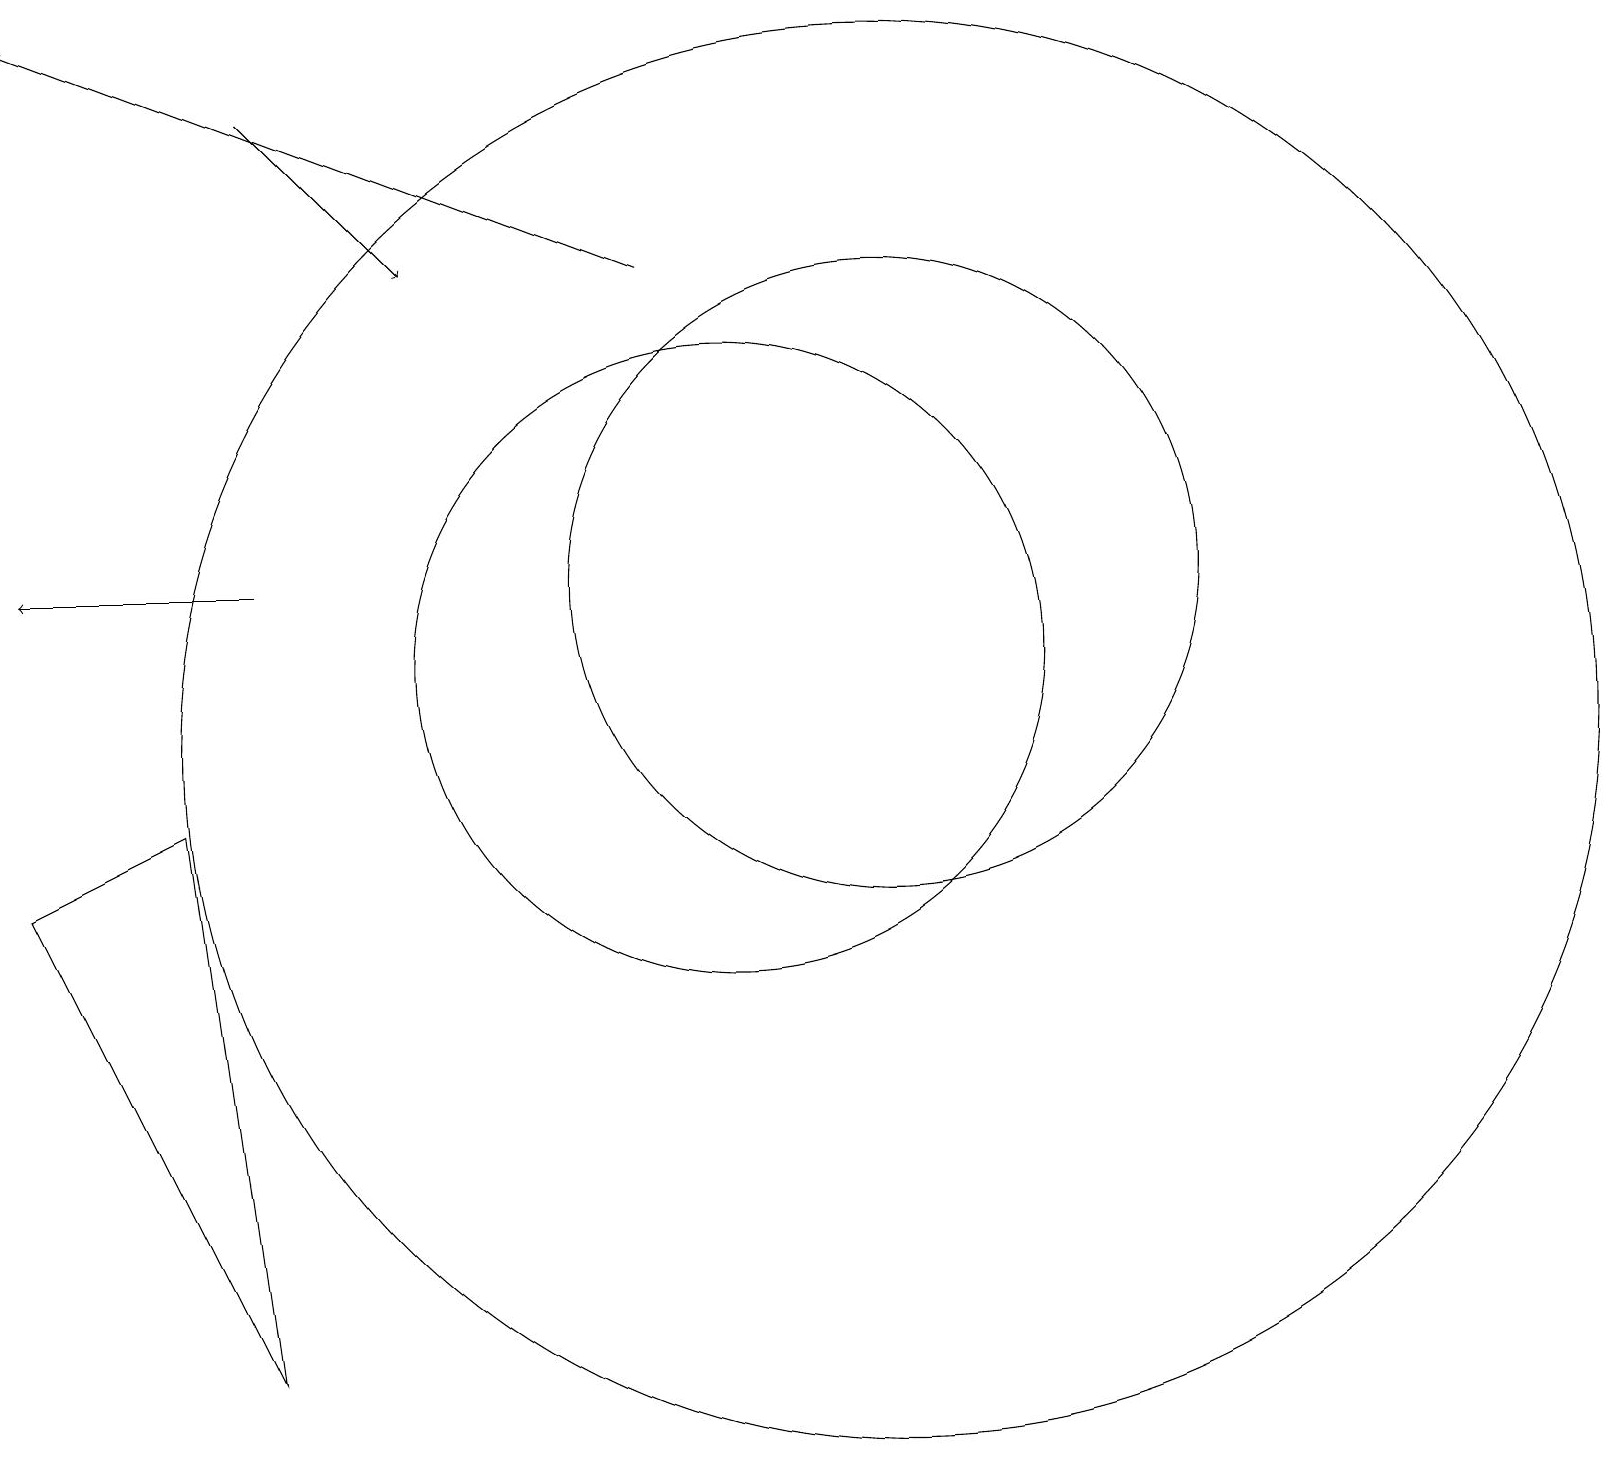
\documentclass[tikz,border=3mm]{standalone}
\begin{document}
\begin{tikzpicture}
\draw[->] (4,18) -- (6,16);
\draw (10,11) circle (4);
\draw (12,10) circle (9);
\draw[->] (4,12) -- (1,12);
\draw (12,12) circle (4);
\draw[->] (9,16) -- (1,19);
\draw (3,9) -- (1,8) -- (4,2) -- cycle;
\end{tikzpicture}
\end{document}